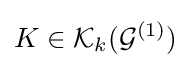
K\in {\mathcal {K}}_{k}({\mathcal {G}}^{(1)})